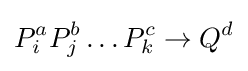
P_{i}^{a}P_{j}^{b}\dots P_{k}^{c}\to Q^{d}